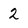
Character: 2